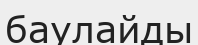
баулайды